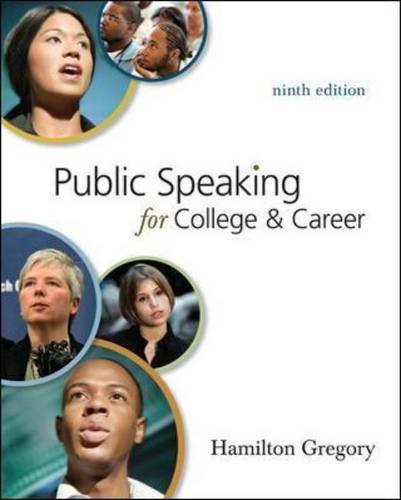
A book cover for Public Speaking for College and Career. by Hamilton Gregory; Hamilton Gregory; Reference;